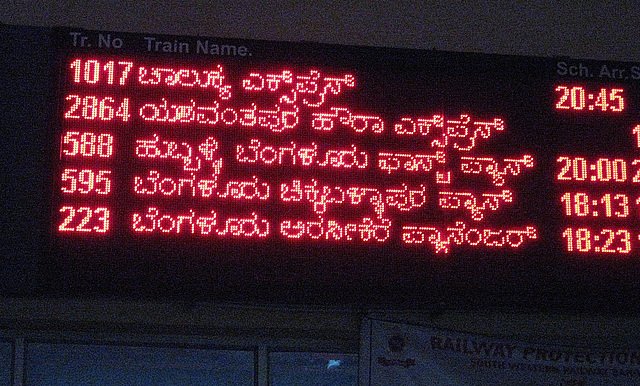
Language: kannada
Transcription: ಬೆಂಗಳೂರು ಹುಬ್ಬಳ್ಳಿ ಬೆಂಗಳೂರು ಎಕ್ಸ್ ಪ್ರೆಸ್ ಎಕ್ಸ್ ಪ್ರೆಸ್ ಪ್ಯಾಸೆಂಜರ್ ಚಾಲುಕ್ಯ